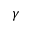
\gamma